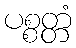
ပစ္စတ္တံ